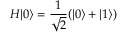
H | 0 \rangle = \frac { 1 } { \sqrt { 2 } } ( | 0 \rangle + | 1 \rangle )